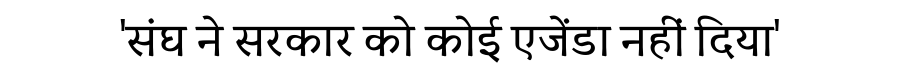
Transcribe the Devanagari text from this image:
'संघ ने सरकार को कोई एजेंडा नहीं दिया'